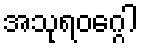
အသုရဝဂ္ဂေါ